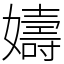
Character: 嬦